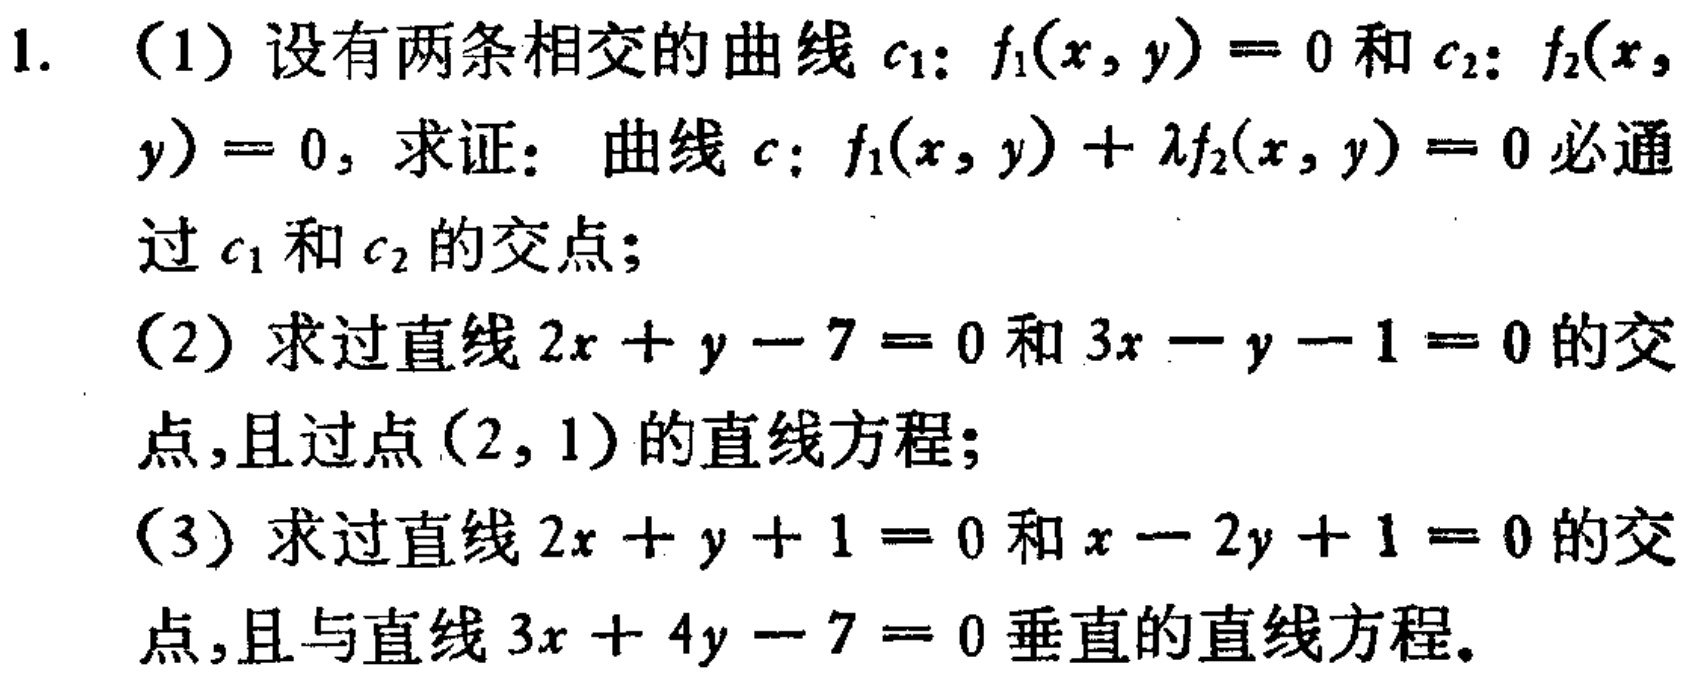
1. （1）设有两条相交的曲线\(c_1: f_1(x,y)=0\)和\(c_2: f_2(x,y)=0\)，求证：曲线\(c: f_1(x,y)+\lambda f_2(x,y)=0\)必通过\(c_1\)和\(c_2\)的交点；
（2）求过直线\(2x + y - 7 = 0\)和\(3x - y - 1 = 0\)的交点，且过点\((2,1)\)的直线方程；
（3）求过直线\(2x + y + 1 = 0\)和\(x - 2y + 1 = 0\)的交点，且与直线\(3x + 4y - 7 = 0\)垂直的直线方程。